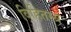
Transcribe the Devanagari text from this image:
विहितस्य